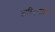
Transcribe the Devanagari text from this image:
दारिद्ऱ्याशी